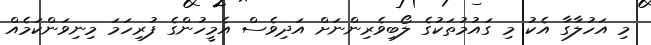
މި އަހުލާގާ އެކު މި ގައުމުތަކުގެ ލޯބިވެރިންނަށް އަދިވެސް އެމީހުންގެ ފުރިހަމަ މިނިވަންކަމެއް